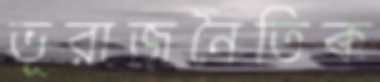
ভূরাজনৈতিক